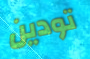
تودين